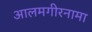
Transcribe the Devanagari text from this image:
आलमगीरनामा